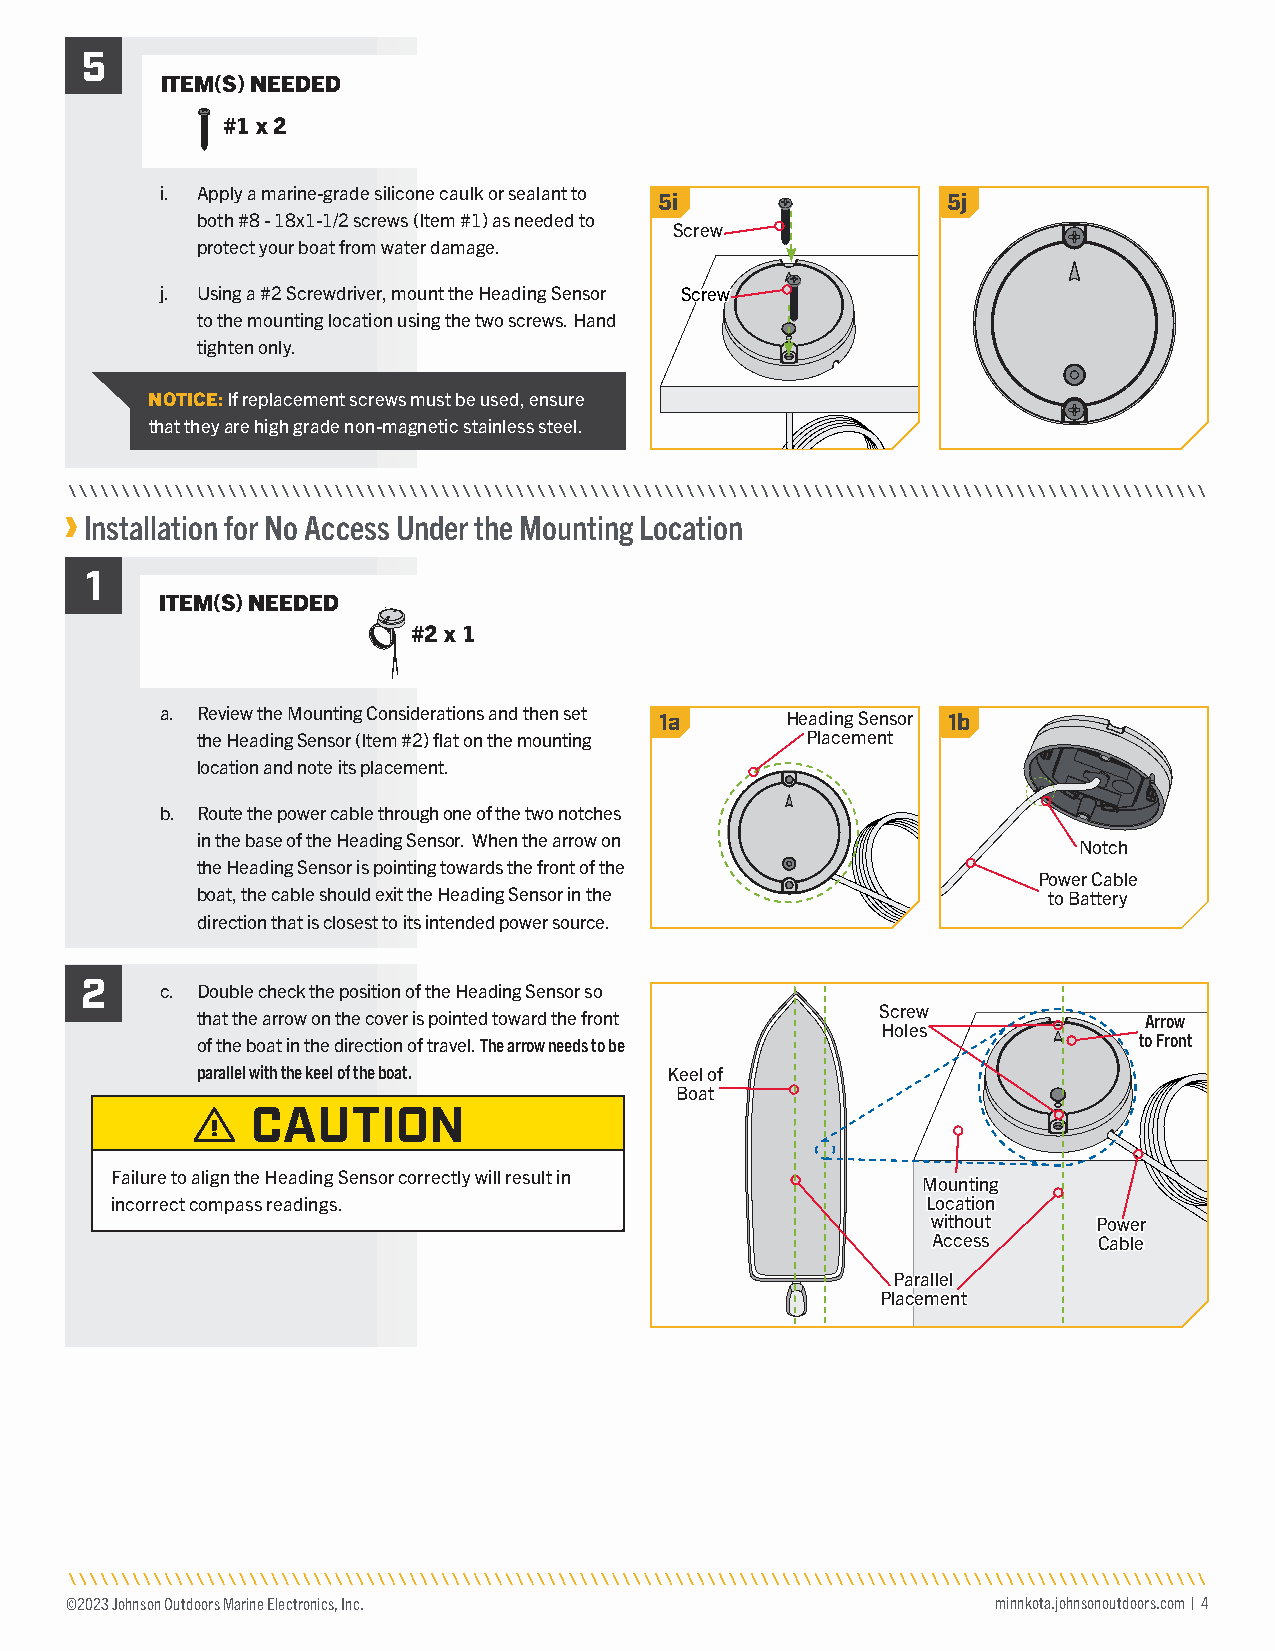
5
 ITEM(S) NEEDED
 #1 x 2
 i. Apply a marine-grade silicone caulk or sealant to 5i 5j
 both #8 - 18x1-1/2 screws (Item #1) as needed to
 Screw
 protect your boat from water damage.
 j. Using a #2 Screwdriver, mount the Heading Sensor SSccrreeww
 to the mounting location using the two screws. Hand
 tighten only.
 NOTICE: If replacement screws must be used, ensure
 that they are high grade non-magnetic stainless steel.
 Installation for No Access Under the Mounting Location
 1
 ITEM(S) NEEDED
 #2 x 1
 a. Review the Mounting Considerations and then set 1a Heading Sensor 1b
 the Heading Sensor (Item #2) flat on the mounting Placement
 location and note its placement.
 b. Route the power cable through one of the two notches
 in the base of the Heading Sensor. When the arrow on
 Notch
 the Heading Sensor is pointing towards the front of the
 Power Cable
 boat, the cable should exit the Heading Sensor in the   to Battery
 direction that is closest to its intended power source.
 2
 c. Double check the position of the Heading Sensor so
 that the arrow on the cover is pointed toward the front Screw  Arrow
 Holes
 of the boat in the direction of travel. The arrow needs to be to Front
 parallel with the keel of the boat. Keel of
 Boat
 CAUTION
 Failure to align the Heading Sensor correctly will result in
 MMoouunnttiinngg
 incorrect compass readings.                           LLooccaattiioonn
 wwiitthhoouutt PPoowweerr
 AAcccceessss CCaabbllee
 PPaarraalllleell
 PPllaacceemmeenntt
 ©2023 Johnson Outdoors Marine Electronics, Inc.               minnkota.johnsonoutdoors.com | 4